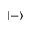
| - \rangle